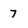
Character: 7